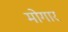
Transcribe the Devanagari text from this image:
मोगार